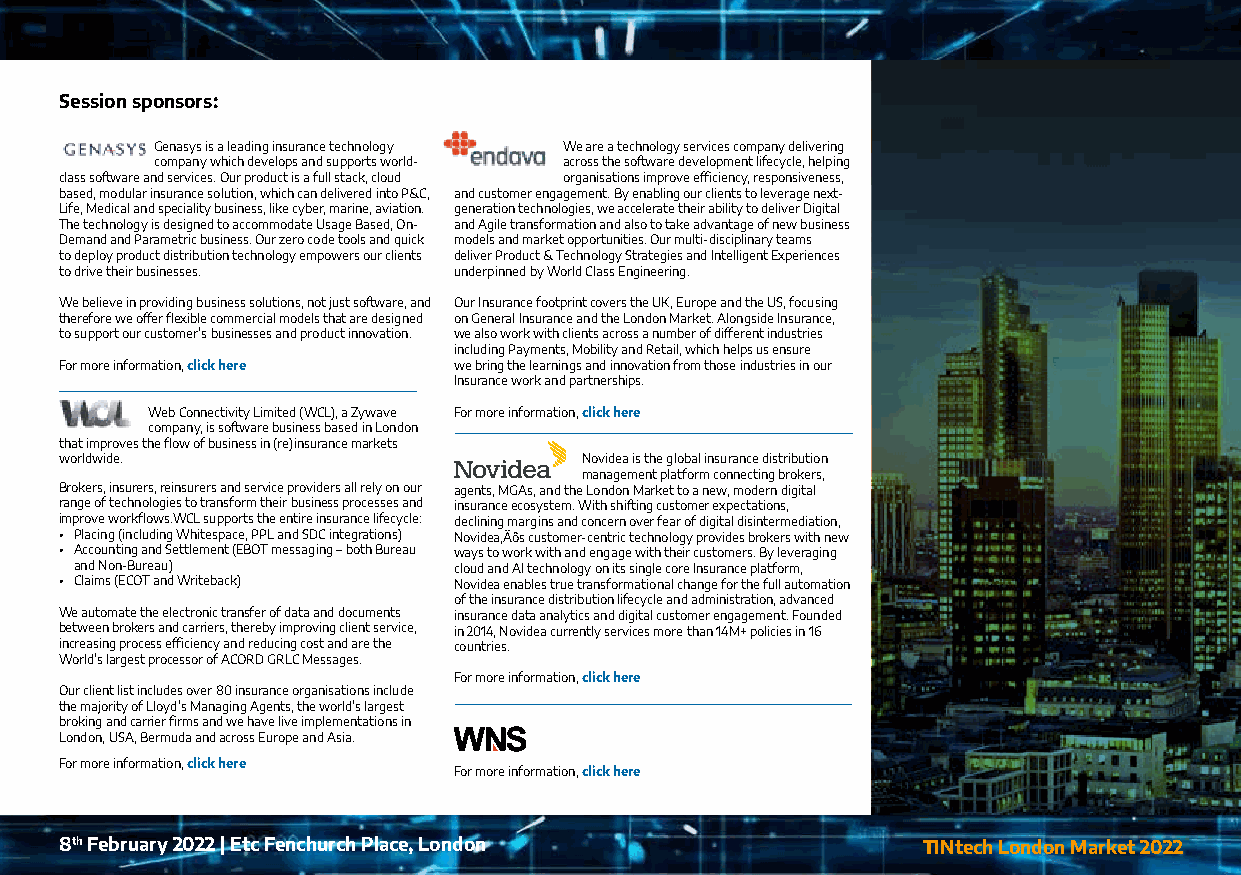
Session sponsors:
 Genasys is a leading insurance technology We are a technology services company delivering
 company which develops and supports world- across the software development lifecycle, helping
 class software and services. Our product is a full stack, cloud organisations improve efficiency, responsiveness,
 based, modular insurance solution, which can delivered into P&C, and customer engagement. By enabling our clients to leverage next-
 Life, Medical and speciality business, like cyber, marine, aviation. generation technologies, we accelerate their ability to deliver Digital
 The technology is designed to accommodate Usage Based, On- and Agile transformation and also to take advantage of new business
 Demand and Parametric business. Our zero code tools and quick models and market opportunities. Our multi-disciplinary teams
 to deploy product distribution technology empowers our clients deliver Product & Technology Strategies and Intelligent Experiences
 to drive their businesses. underpinned by World Class Engineering.
 We believe in providing business solutions, not just software, and Our Insurance footprint covers the UK, Europe and the US, focusing
 therefore we offer flexible commercial models that are designed on General Insurance and the London Market. Alongside Insurance,
 to support our customer’s businesses and product innovation. we also work with clients across a number of different industries
 including Payments, Mobility and Retail, which helps us ensure
 For more information, click here we bring the learnings and innovation from those industries in our
 Insurance work and partnerships.
 Web Connectivity Limited (WCL), a Zywave For more information, click here
 company, is software business based in London
 that improves the flow of business in (re)insurance markets
 worldwide.                        Novidea is the global insurance distribution
 management platform connecting brokers,
 Brokers, insurers, reinsurers and service providers all rely on our agents, MGAs, and the London Market to a new, modern digital
 range of technologies to transform their business processes and insurance ecosystem. With shifting customer expectations,
 improve workflows.WCL supports the entire insurance lifecycle: declining margins and concern over fear of digital disintermediation,
 • Placing (including Whitespace, PPL and SDC integrations) Novidea‚Äôs customer-centric technology provides brokers with new
 • Accounting and Settlement (EBOT messaging – both Bureau ways to work with and engage with their customers. By leveraging
 and Non-Bureau)          cloud and AI technology on its single core Insurance platform,
 • Claims (ECOT and Writeback) Novidea enables true transformational change for the full automation
 of the insurance distribution lifecycle and administration, advanced
 We automate the electronic transfer of data and documents insurance data analytics and digital customer engagement. Founded
 between brokers and carriers, thereby improving client service, in 2014, Novidea currently services more than 14M+ policies in 16
 increasing process efficiency and reducing cost and are the countries.
 World’s largest processor of ACORD GRLC Messages.
 For more information, click here
 Our client list includes over 80 insurance organisations include
 the majority of Lloyd’s Managing Agents, the world’s largest
 broking and carrier firms and we have live implementations in
 London, USA, Bermuda and across Europe and Asia.
 For more information, click here
 For more information, click here
 8th February 2022 | Etc Fenchurch Place, London          TINtech London Market 2022